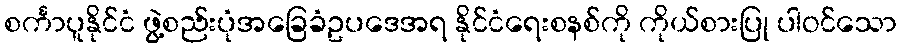
စင်္ကာပူနိုင်ငံ ဖွဲ့စည်းပုံအခြေခံဥပဒေအရ နိုင်ငံရေးစနစ်ကို ကိုယ်စားပြု ပါဝင်သော